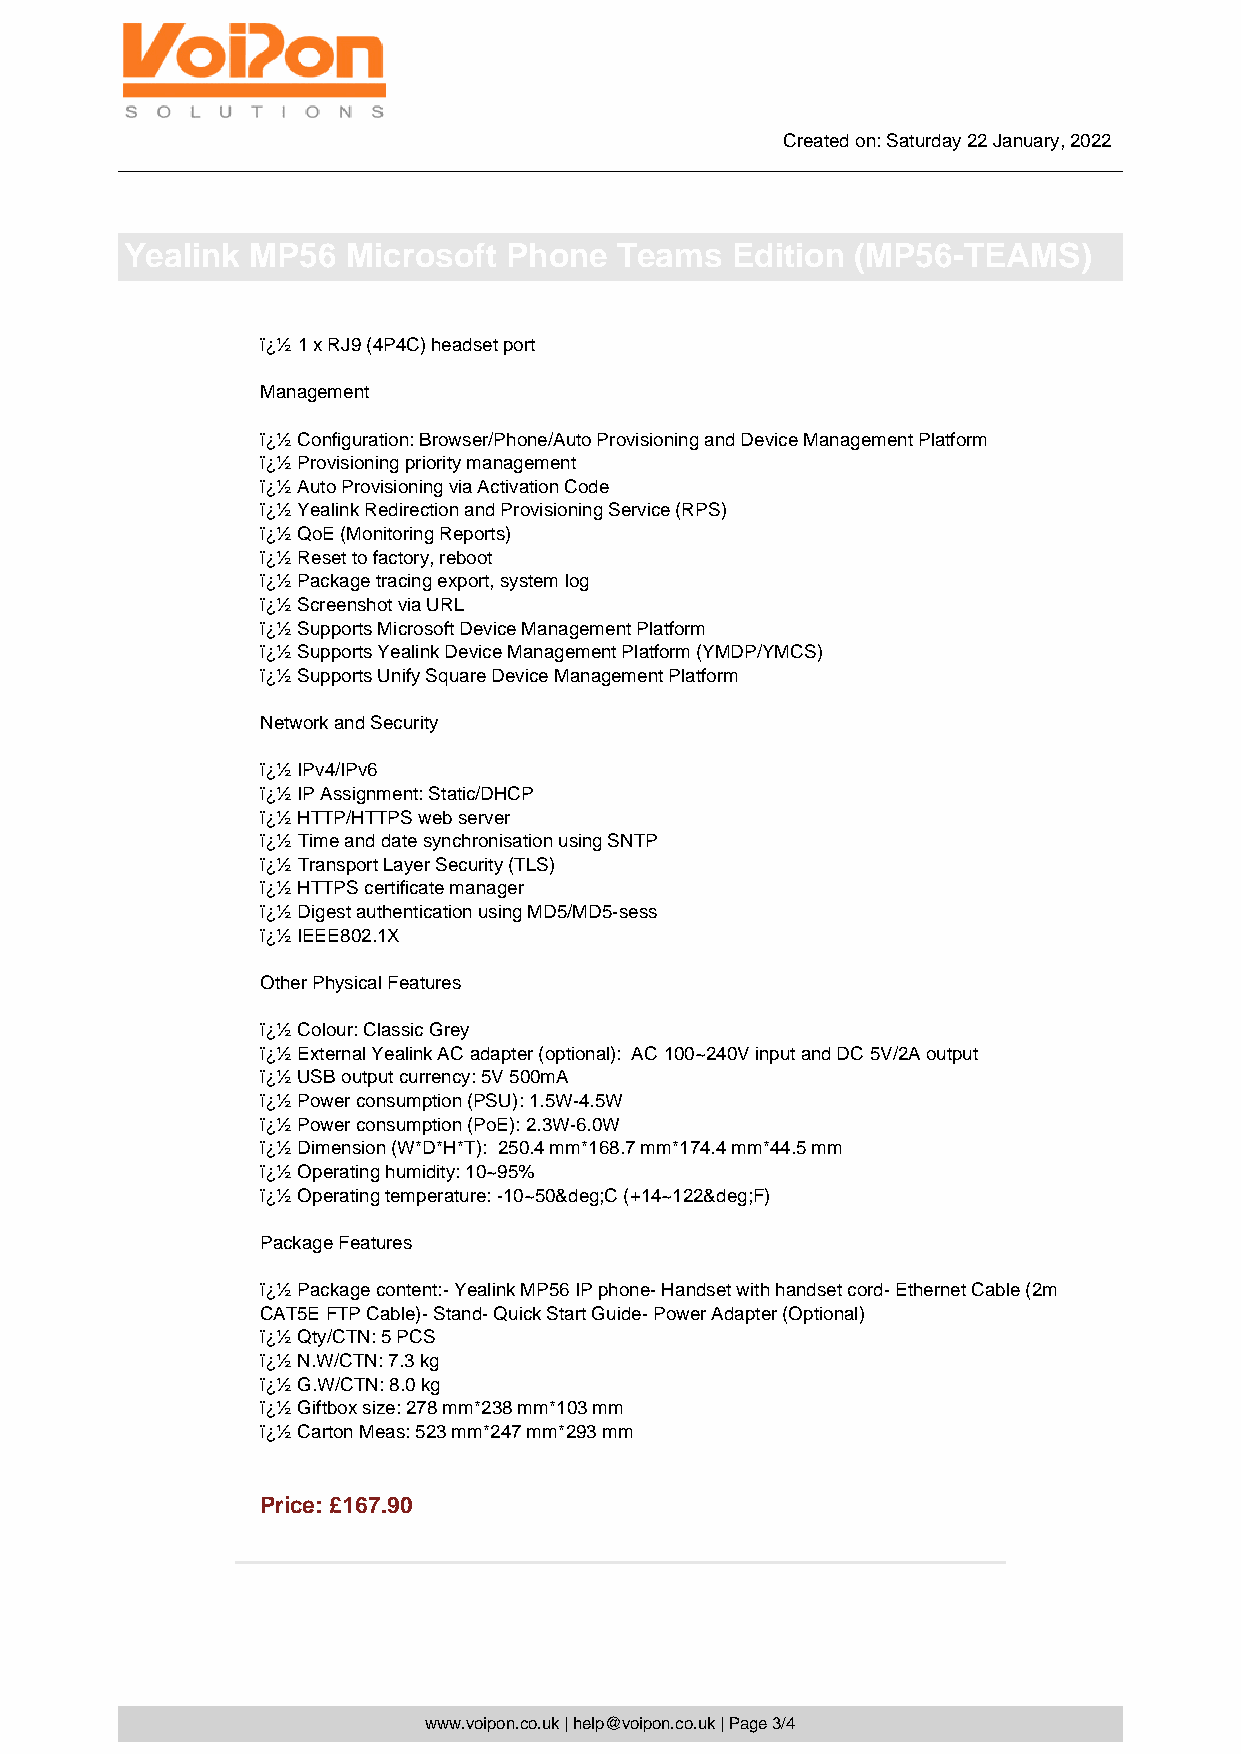
Created on: Saturday 22 January, 2022
 Yealink  MP56  Microsoft Phone   Teams  Edition  (MP56-TEAMS)
 ï¿½ 1 x RJ9 (4P4C) headset port
 Management
 ï¿½ Configuration: Browser/Phone/Auto Provisioning and Device Management Platform
 ï¿½ Provisioning priority management
 ï¿½ Auto Provisioning via Activation Code
 ï¿½ Yealink Redirection and Provisioning Service (RPS)
 ï¿½ QoE (Monitoring Reports)
 ï¿½ Reset to factory, reboot
 ï¿½ Package tracing export, system log
 ï¿½ Screenshot via URL
 ï¿½ Supports Microsoft Device Management Platform
 ï¿½ Supports Yealink Device Management Platform (YMDP/YMCS)
 ï¿½ Supports Unify Square Device Management Platform
 Network and Security
 ï¿½ IPv4/IPv6
 ï¿½ IP Assignment: Static/DHCP
 ï¿½ HTTP/HTTPS web server
 ï¿½ Time and date synchronisation using SNTP
 ï¿½ Transport Layer Security (TLS)
 ï¿½ HTTPS certificate manager
 ï¿½ Digest authentication using MD5/MD5-sess
 ï¿½ IEEE802.1X
 Other Physical Features
 ï¿½ Colour: Classic Grey
 ï¿½ External Yealink AC adapter (optional): AC 100~240V input and DC 5V/2A output
 ï¿½ USB output currency: 5V 500mA
 ï¿½ Power consumption (PSU): 1.5W-4.5W
 ï¿½ Power consumption (PoE): 2.3W-6.0W
 ï¿½ Dimension (W*D*H*T): 250.4 mm*168.7 mm*174.4 mm*44.5 mm
 ï¿½ Operating humidity: 10~95%
 ï¿½ Operating temperature: -10~50&deg;C (+14~122&deg;F)
 Package Features
 ï¿½ Package content:- Yealink MP56 IP phone- Handset with handset cord- Ethernet Cable (2m
 CAT5E FTP Cable)- Stand- Quick Start Guide- Power Adapter (Optional)
 ï¿½ Qty/CTN: 5 PCS
 ï¿½ N.W/CTN: 7.3 kg
 ï¿½ G.W/CTN: 8.0 kg
 ï¿½ Giftbox size: 278 mm*238 mm*103 mm
 ï¿½ Carton Meas: 523 mm*247 mm*293 mm
 Price: £167.90
 www.voipon.co.uk | help@voipon.co.uk | Page 3/4